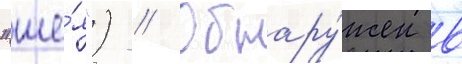
"ше́я") // Обнару́жен в